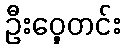
ဦးဝှေ့တင်း